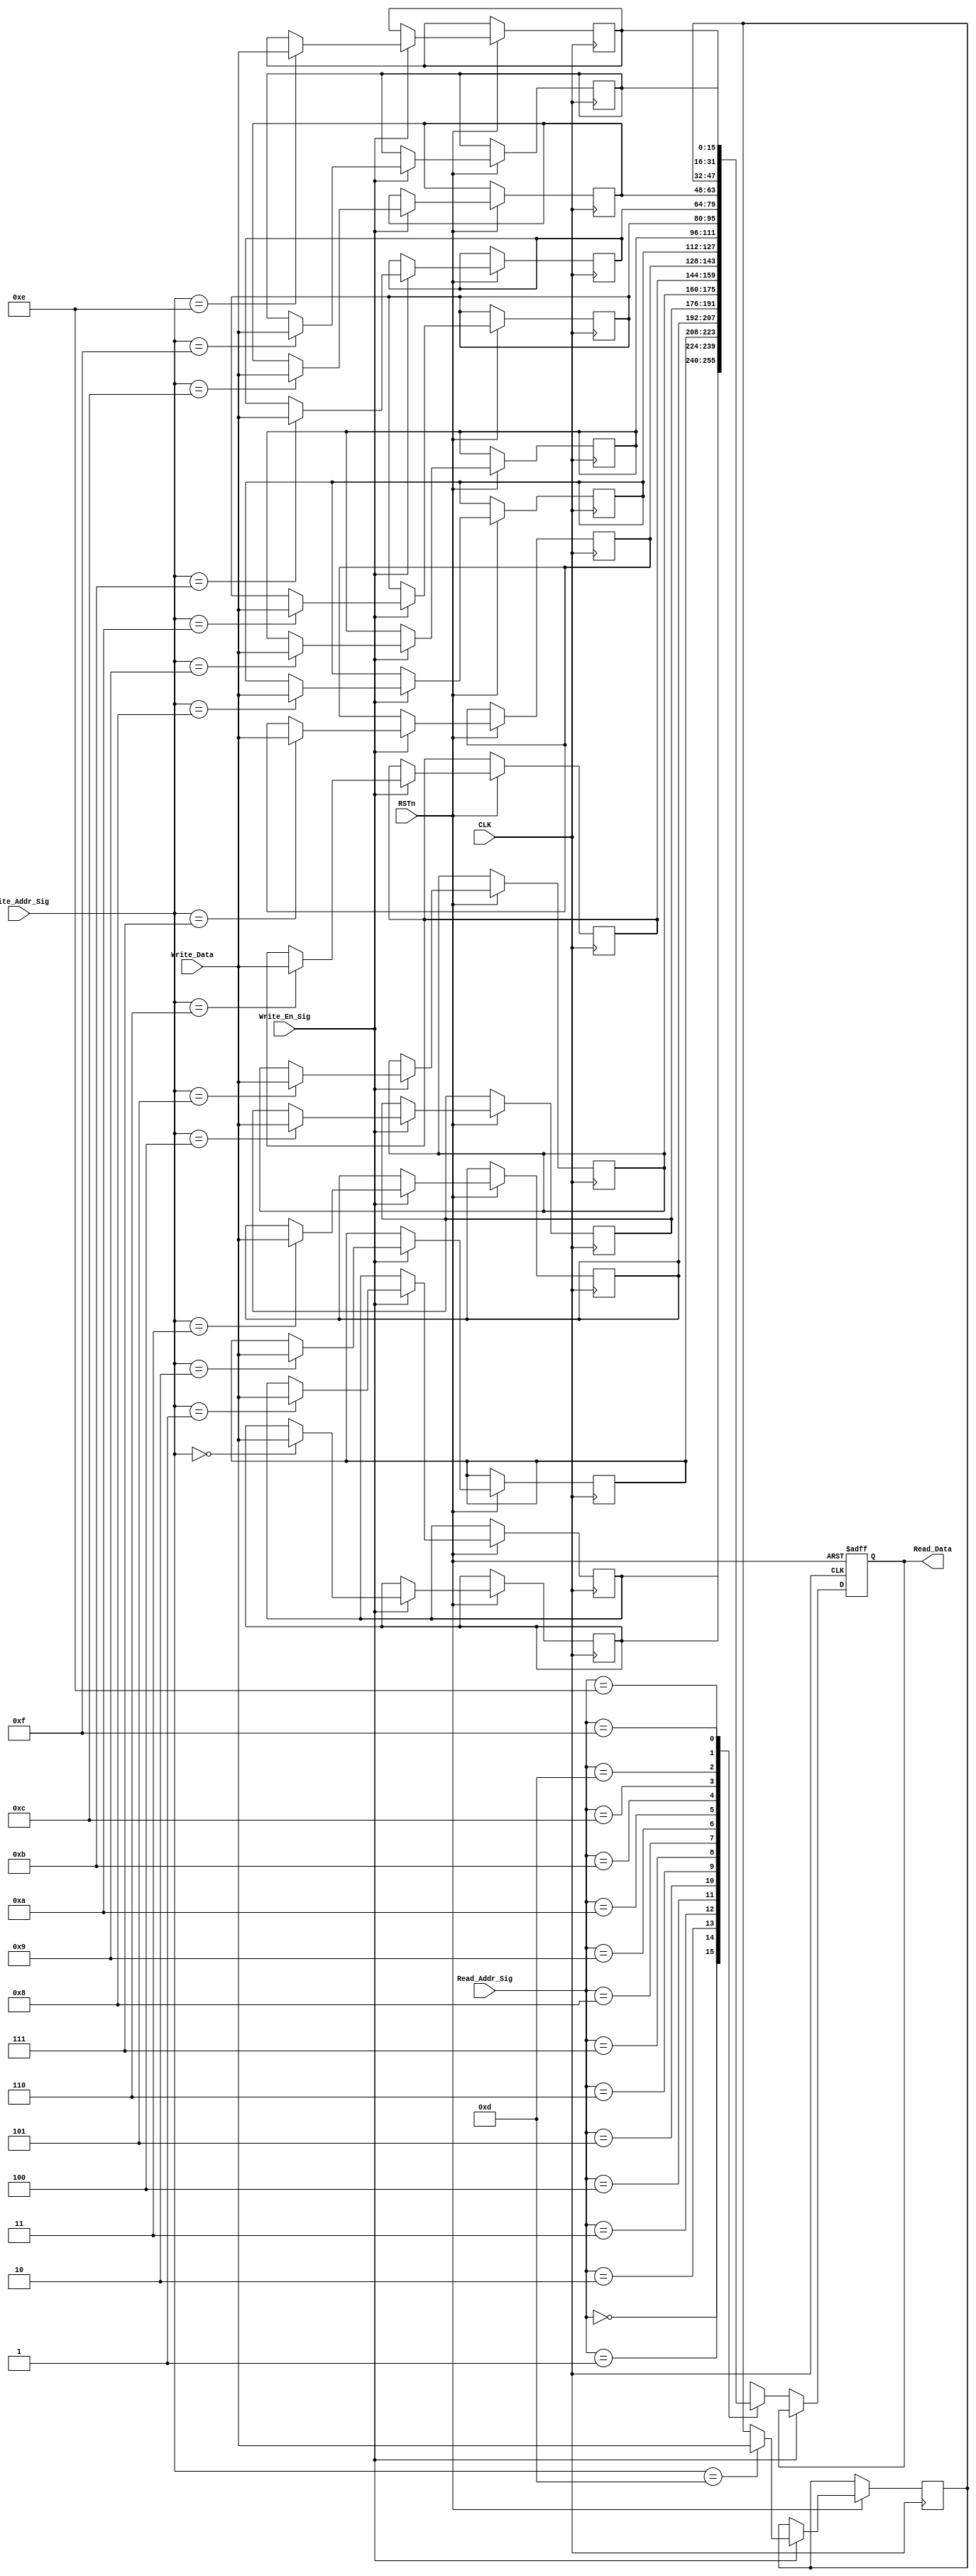
module ram_module
(
    input CLK,
	 input RSTn,
    input Write_En_Sig,
	 input [3:0]Write_Addr_Sig,
	 input [15:0]Write_Data,
	 input [3:0]Read_Addr_Sig,
	 output [15:0]Read_Data
	 
);

    /*************************/
	 
	 (* ramstyle = "no_rw_check , m9k" , ram_init_file = "ram_initial_file.mif" *) reg [15:0] RAM[15:0]; 
	 
	 /*************************/
	
	reg [15:0]rData;
	
	always @ ( posedge CLK or negedge RSTn )
	    if( !RSTn )
		     rData <= 16'd0;
		 else if( Write_En_Sig )
		     RAM[ Write_Addr_Sig ] <= Write_Data;
		 else 
		     rData <= RAM[ Read_Addr_Sig ];	 
	
	/*************************/
	
	 assign Read_Data = rData;
	 
	 /*************************/
	 
endmodule